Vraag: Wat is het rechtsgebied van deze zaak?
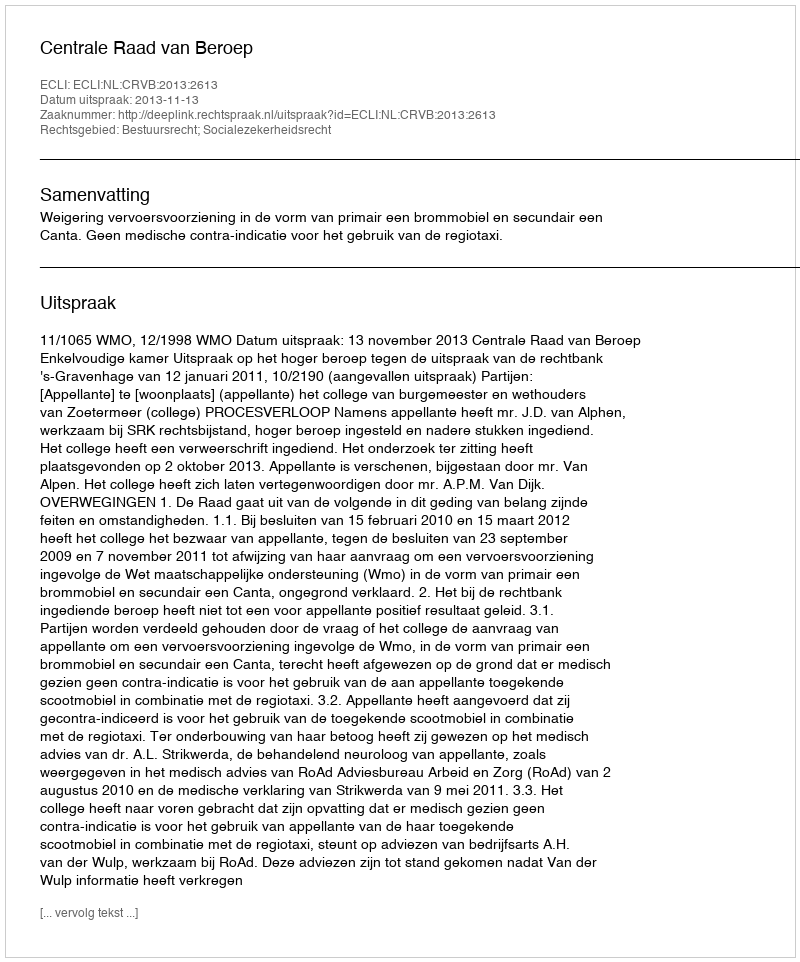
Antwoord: Bestuursrecht; Socialezekerheidsrecht